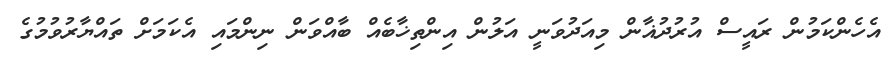
އެހެންކަމުން ރައީސް އުރުދުޣާން މިއަދުވަނީ އަލުން އިންތިޚާބެއް ބާއްވަން ނިންމައި އެކަމަށް ތައްޔާރުވުމުގެ